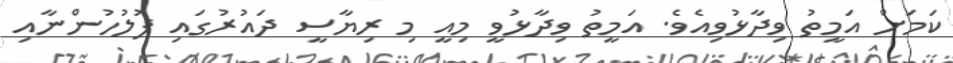
ކަމަށް އަމީތު ވިދާޅުވިއެވެ. އަމީތު ވިދާޅުވީ މިއީ މި ރިޔާސީ ދައުރުގައި ފުލުހުންނާއި